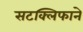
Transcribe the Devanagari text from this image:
सटक्लिफाने